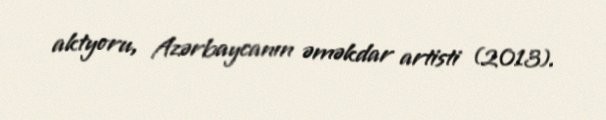
aktyoru, Azərbaycanın əməkdar artisti (2013).